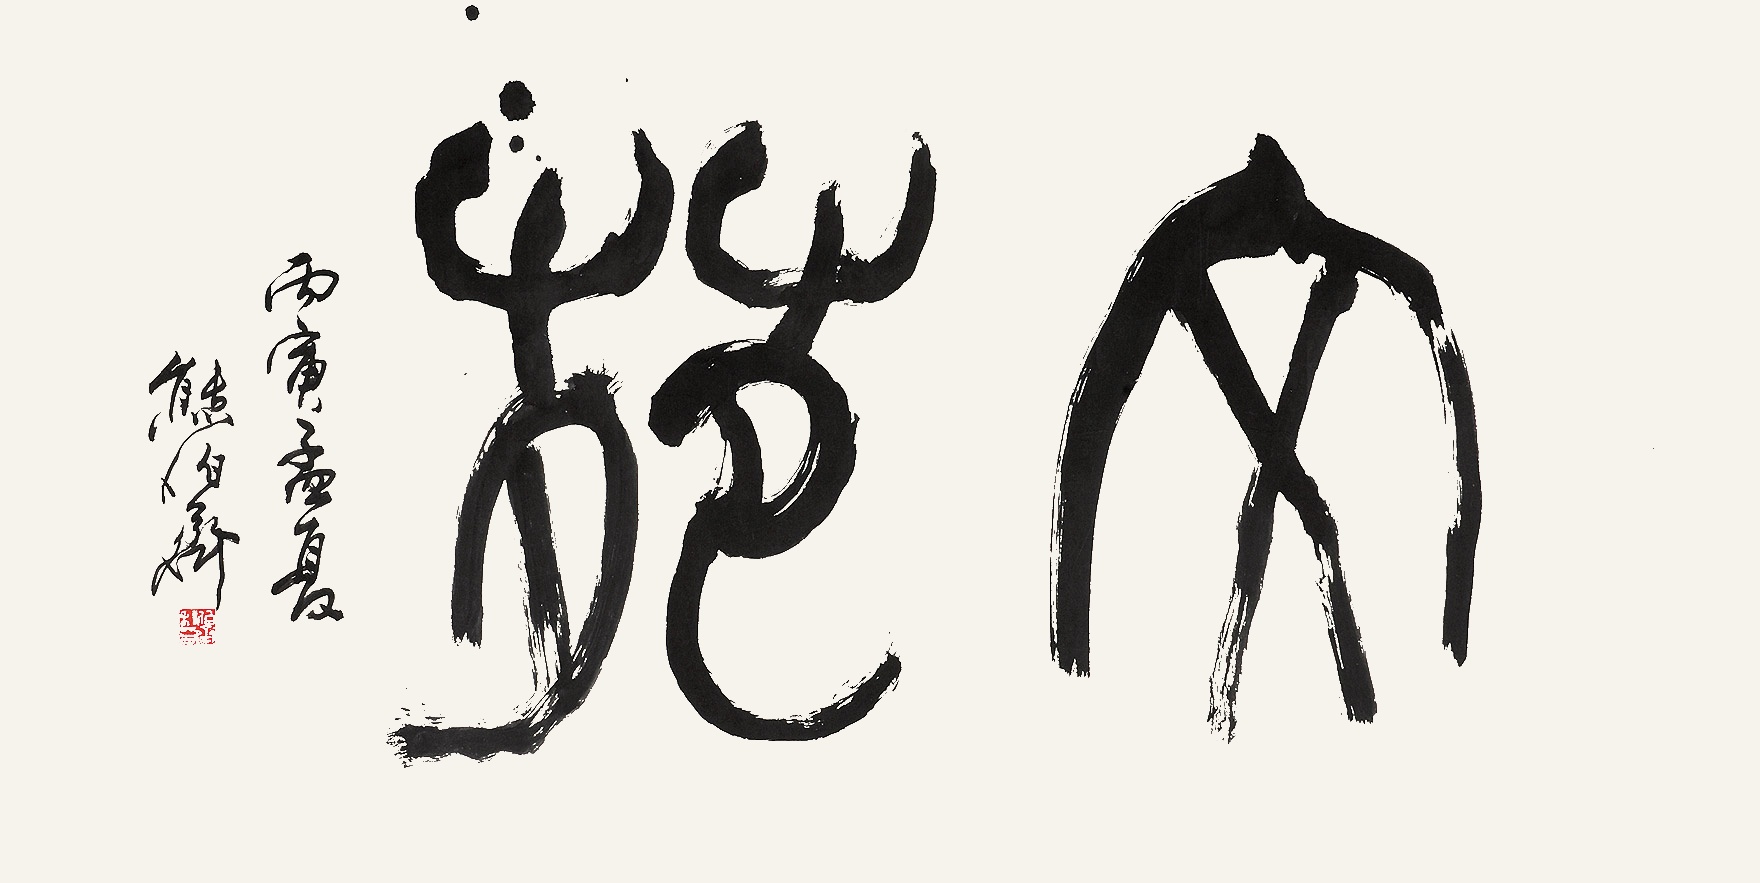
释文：文苑丙寅孟夏熊伯齐。